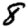
Digit: 8